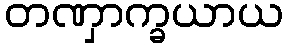
တဏှာက္ခယာယ